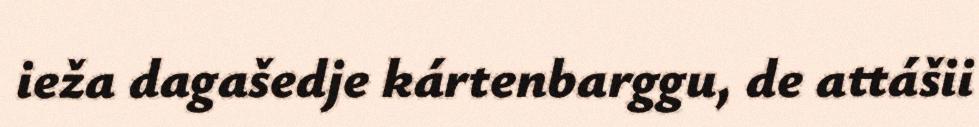
ieža dagašedje kártenbarggu, de attášii